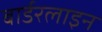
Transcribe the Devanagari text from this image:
बार्डरलाइन